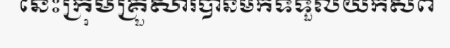
នេះក្រុមគ្រួសារបានមកទទួលយកសព